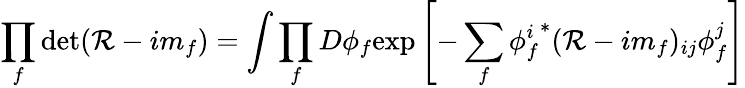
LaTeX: \prod_{f}\operatorname*{det}(\mathcal{R}-im_{f})=\int\prod_{f}D\phi_{f}\mathrm{{exp}}\left[-\sum_{f}{\phi_{f}^{i}}^{*}(\mathcal{R}-im_{f})_{ij}\phi_{f}^{j}\right]